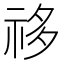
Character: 𰧺